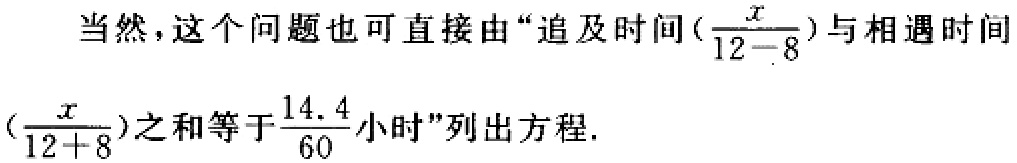
当然，这个问题也可直接由“追及时间$(\frac{x}{12 - 8})$与相遇时间$(\frac{x}{12 + 8})$之和等于$\frac{14.4}{60}$小时”列出方程.